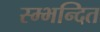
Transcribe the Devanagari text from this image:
स्म्भन्दित